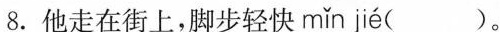
8.他走在街上，脚步轻快 mǐn jié ( )。